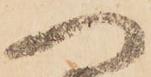
ヘ